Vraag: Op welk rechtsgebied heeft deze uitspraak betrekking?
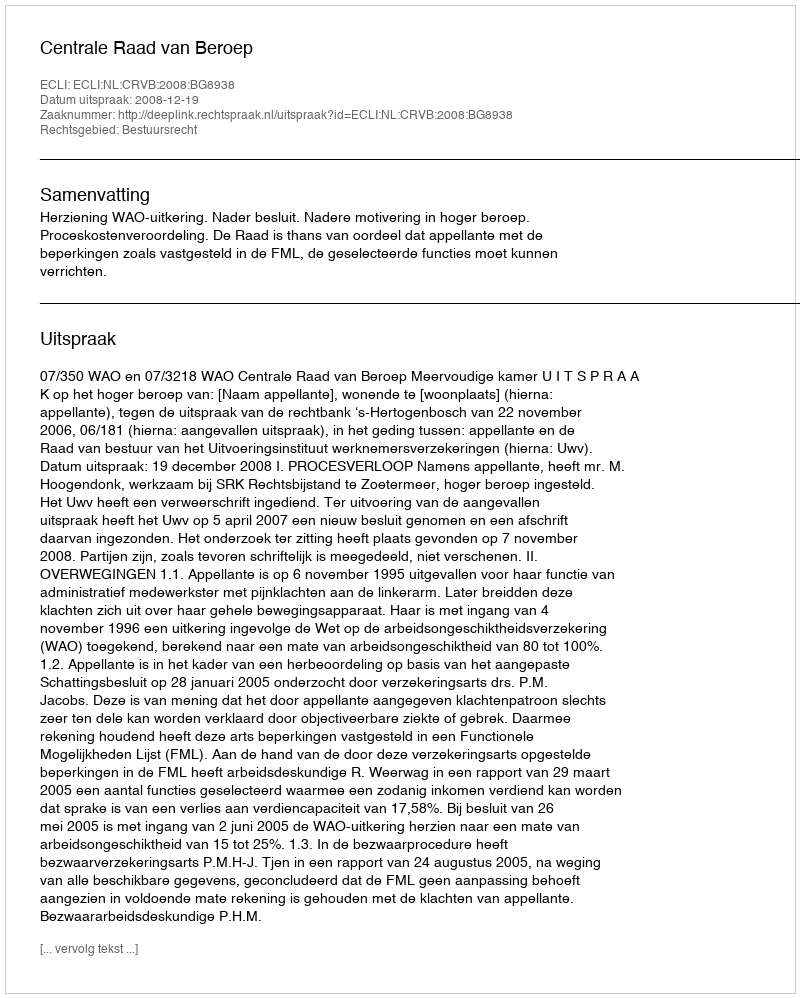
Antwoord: Bestuursrecht